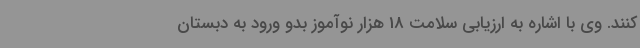
کنند. وی با اشاره به ارزیابی سلامت 18 هزار نوآموز بدو ورود به دبستان